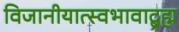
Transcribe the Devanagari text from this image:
विजानीयात्स्वभावाद्ब्रह्म